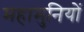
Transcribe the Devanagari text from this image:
महामुनियों